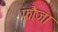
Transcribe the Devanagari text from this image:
फ़ौजा